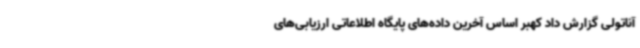
آناتولی گزارش داد کهبر اساس آخرین داده‌های پایگاه اطلاعاتی ارزیابی‌های